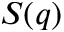
S ( q )